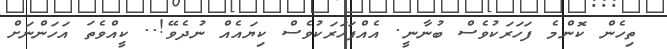
ތިހެން ކޮންމެ ފަހަރަކުވެސް ބުނާނީ. އެއްފަހަރަކުވެސް ކިޔައެއް ނުދެވޭ!.. ކީއްވެތަ އަހަންނަށް